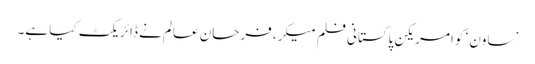
’ساون‘ کو امریکن پاکستانی فلم میکر، فرحان عالم نے ڈائریکٹ کیا ہے۔